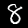
Digit: 8